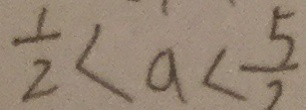
\frac { 1 } { 2 } < a < \frac { 5 } { 2 }